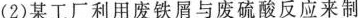
(2)某工厂利用废铁屑与废硫酸反应来制